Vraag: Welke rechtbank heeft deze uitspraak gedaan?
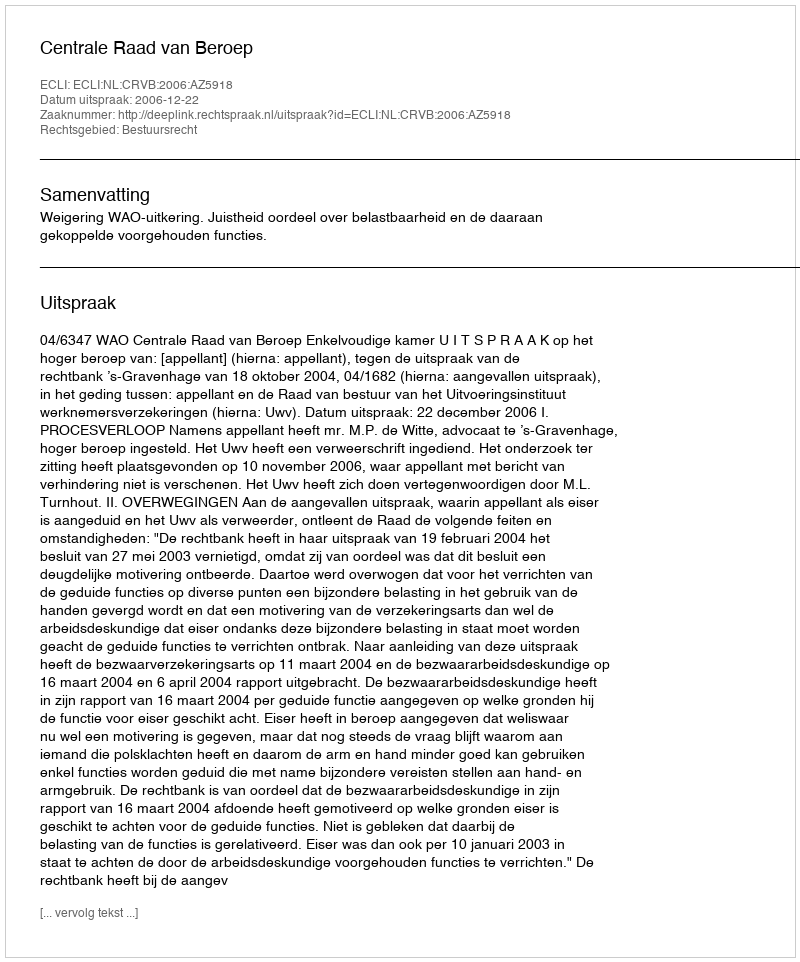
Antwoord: Centrale Raad van Beroep